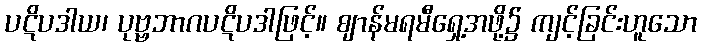
ပဋိပဒါယ၊ ပုဗ္ဗဘာဂပဋိပဒါဖြင့်။ ဈာန်မရမီရှေ့အဖို့၌ ကျင့်ခြင်းဟူသော